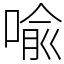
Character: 喩